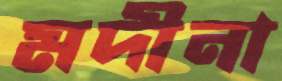
মদীনা